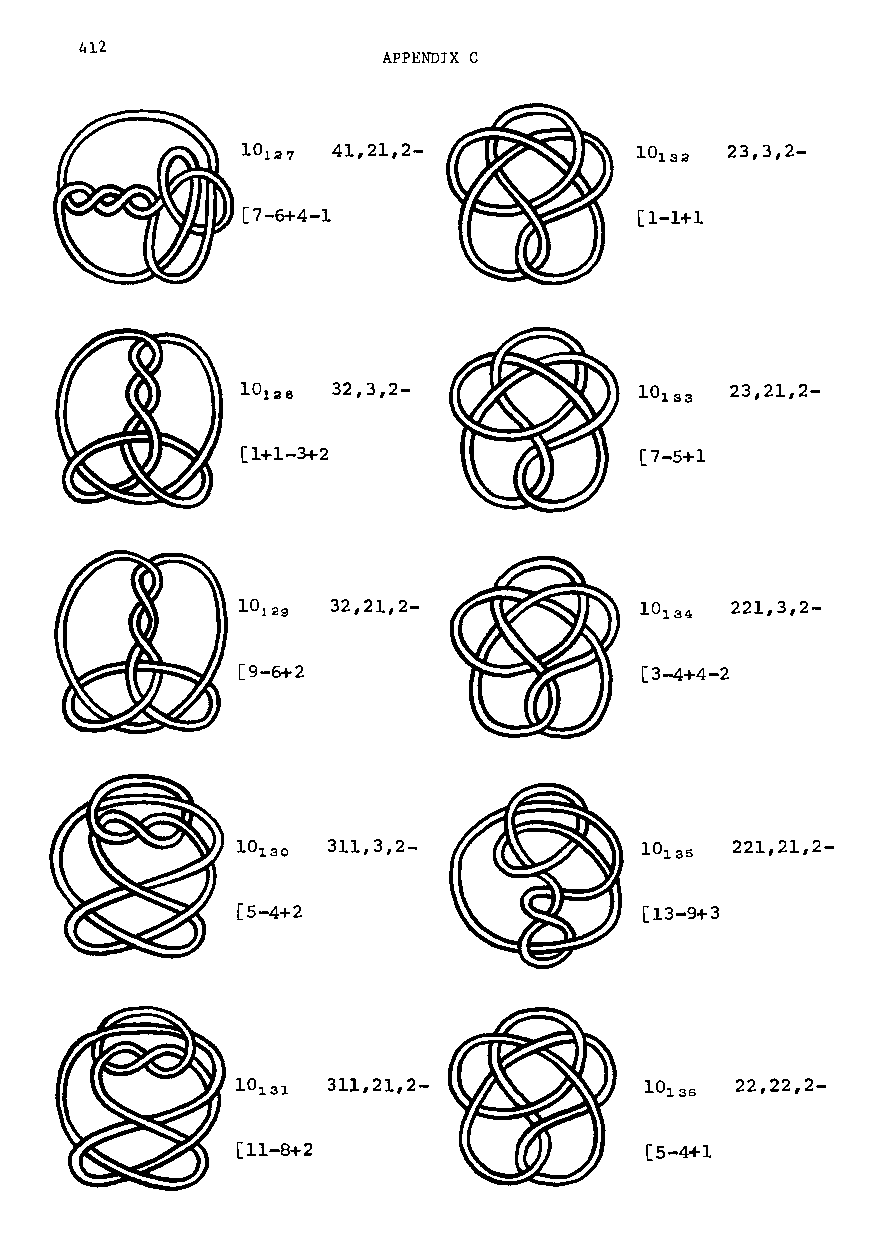
412
 APPENDIX C
 41,21,2-                  23,3,2-
 [7-6+4-1                  [1-1+1
 32,3,2-             10~33 23,21,2-
 [1+1-3+2                  [7-5+1
 32,21,2-                  221,3,2-
 [9-6+2                    [3-4+4-2
 311,3,2-                   221,21,2-
 [5-4+2                     [13-9+3
 311,21,2-                  22,22,2-
 [11-8+2                    [5-4+1